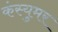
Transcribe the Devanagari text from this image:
कंस्युमर